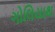
ગોલિયાથ